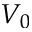
V _ { 0 }